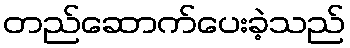
တည်ဆောက်ပေးခဲ့သည်